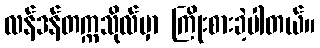
လန်ဒန်တက္ကသိုလ်မှာ ကြိုးစားခဲ့ပါတယ်။